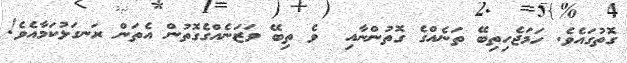
ގޮތުގައެވެ. ހަމަޖެހިތިބޭ ތަނެއްގެ ގޮތުންނާއި  ވެ ތިބޭ ވަޒަނެއްގެގޮތުން އެތަން ރަނގަޅުކަމާއެވެ!